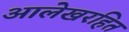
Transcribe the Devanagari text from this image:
आलेखरहित